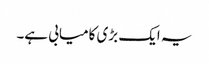
یہ ایک بڑی کامیابی ہے۔